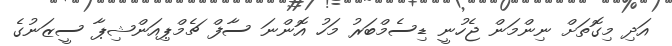
އަދި މިގޮތަށް ނިންމަން ޖެހުނީ ޑިސެމްބަރު މަހު އޮންނަ ސާފް ޗެމްޕިއަންޝިޕާ ސީޒަނުގެ